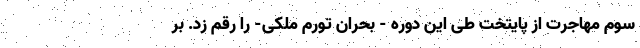
سوم مهاجرت از پایتخت طی این دوره - بحران تورم ملکی- را رقم زد. بر